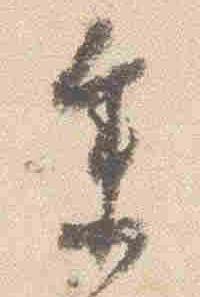
参